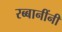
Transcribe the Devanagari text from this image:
रब्बानींनी